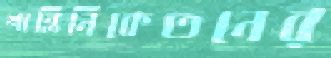
শান্তিনিকেতনের